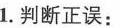
1.判断正误：